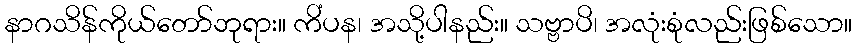
နာဂသိန်ကိုယ်တော်ဘုရား။ ကိံပန၊ အသို့ပါနည်း။ သဗ္ဗာပိ၊ အလုံးစုံလည်းဖြစ်သော။